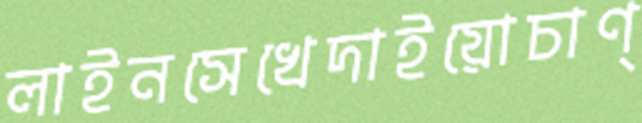
লাইনসেখেদাইয়োচাণ্